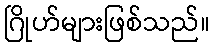
ဂြိုဟ်များဖြစ်သည်။